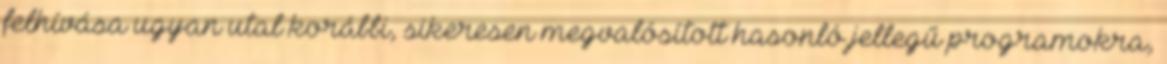
felhívása ugyan utal korábbi, sikeresen megvalósított hasonló jellegű programokra,